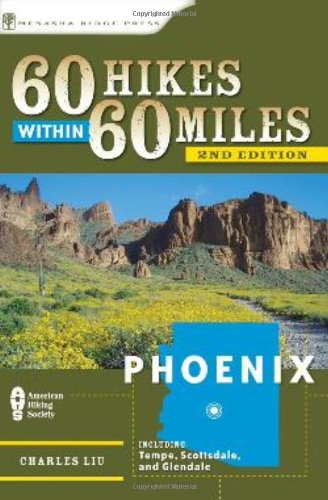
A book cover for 60 Hikes Within 60 Miles: Phoenix: Including Tempe, Scottsdale, and Glendale; Charles Liu; Sports & Outdoors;